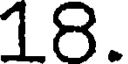
18.